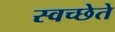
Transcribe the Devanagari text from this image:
स्वच्छेते